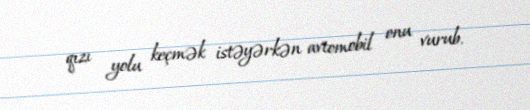
qızı yolu keçmək istəyərkən avtomobil onu vurub.